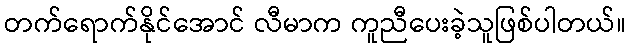
တက်ရောက်နိုင်အောင် လီမာက ကူညီပေးခဲ့သူဖြစ်ပါတယ်။